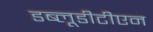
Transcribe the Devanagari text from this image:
डब्लूडीटीएन